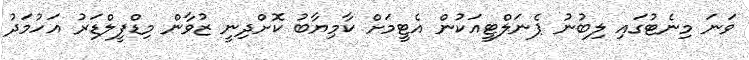
ވަނަ މިނެޓުގައި ލިބުނު ޕެނަލްޓީއަކުން އެޓީމަށް ކާމިޔާބު ކޮށްދިނީ ޒުވާން މިޑްފީލްޑަރު އަހުމަދު